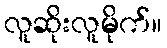
လူဆိုးလူမိုက်။